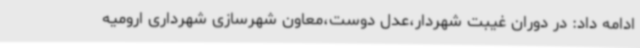
ادامه داد: در دوران غیبت شهردار،عدل دوست،معاون شهرسازی شهرداری ارومیه